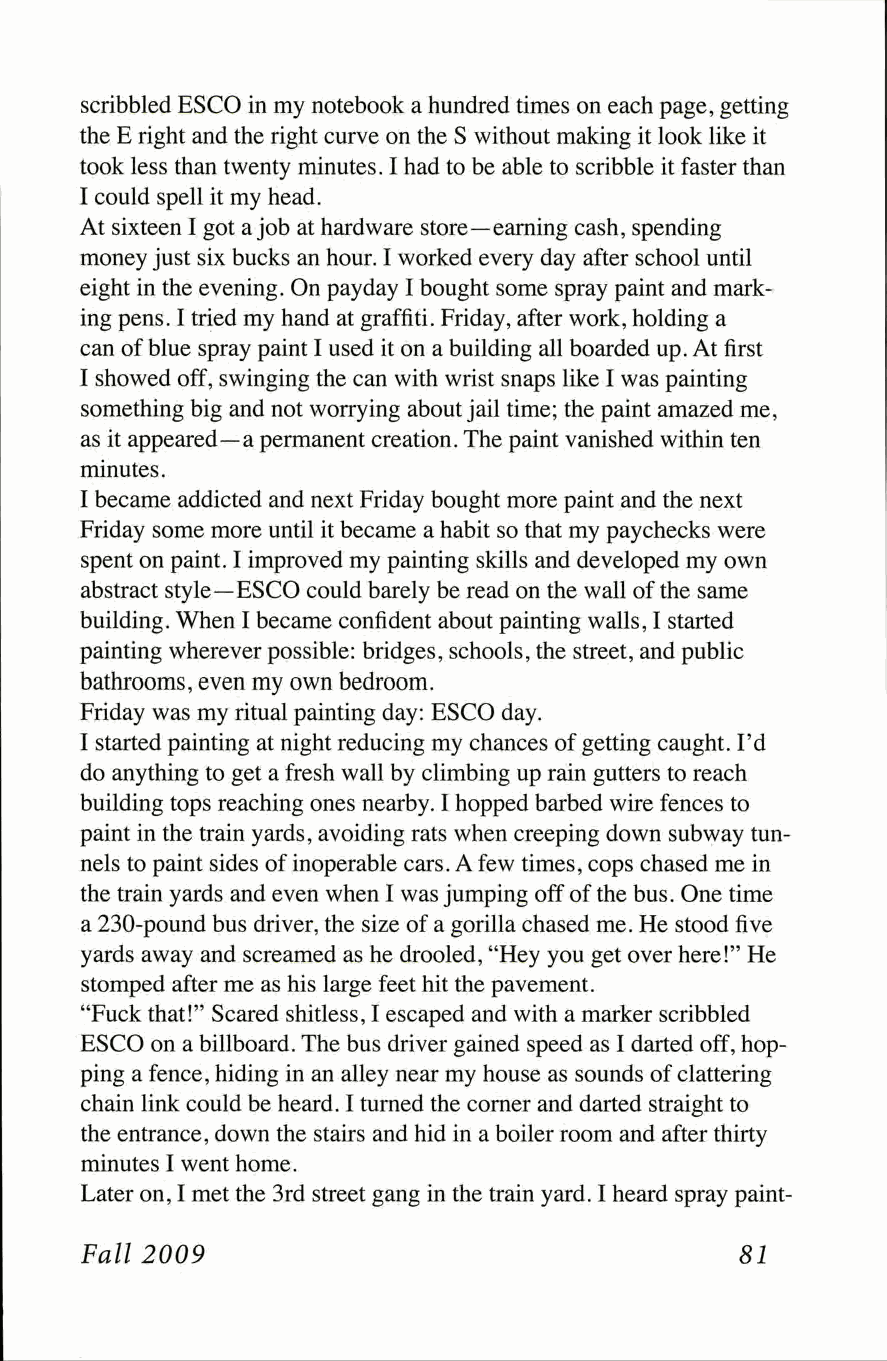
scribbled ESCO in my notebook a hundred times on each page, getting
 the E right and the right curve on the S without making it look like it
 took less than twenty minutes. I had to be able to scribble it faster than
 I could spell it my head.
 At sixteen I got a job at hardware store—earning cash, spending
 money just six bucks an hour. I worked every day after school until
 eight in the evening. On payday I bought some spray paint and mark­
 ing pens. I tried my hand at graffiti. Friday, after work, holding a
 can of blue spray paint I used it on a building all boarded up. At first
 I showed off, swinging the can with wrist snaps like I was painting
 something big and not worrying about jail time; the paint amazed me,
 as it appeared—a permanent creation. The paint vanished within ten
 minutes.
 I became addicted and next Friday bought more paint and the next
 Friday some more until it became a habit so that my paychecks were
 spent on paint. I improved my painting skills and developed my own
 abstract style—ESCO could barely be read on the wall of the same
 building. When I became confident about painting walls, I started
 painting wherever possible: bridges, schools, the street, and public
 bathrooms, even my own bedroom.
 Friday was my ritual painting day: ESCO day.
 I started painting at night reducing my chances of getting caught. I'd
 do anything to get a fresh wall by climbing up rain gutters to reach
 building tops reaching ones nearby. I hopped barbed wire fences to
 paint in the train yards, avoiding rats when creeping down subway tun­
 nels to paint sides of inoperable cars. A few times, cops chased me in
 the train yards and even when I was jumping off of the bus. One time
 a 230-pound bus driver, the size of a gorilla chased me. He stood five
 yards away and screamed as he drooled, "Hey you get over here!" He
 stomped after me as his large feet hit the pavement.
 "Fuck that!" Scared shitless, I escaped and with a marker scribbled
 ESCO on a billboard. The bus driver gained speed as I darted off, hop­
 ping a fence, hiding in an alley near my house as sounds of clattering
 chain link could be heard. I turned the corner and darted straight to
 the entrance, down the stairs and hid in a boiler room and after thirty
 minutes I went home.
 Later on, I met the 3rd street gang in the train yard. I heard spray paint-
 Fall 2009                                   81